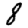
Digit: 8